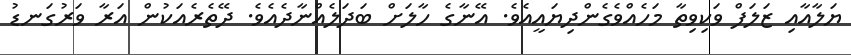
ޔަލާއާއި ޒަލަފް ވަކިވިތާ މަހެއްވެގެންދިޔައީއެވެ. އޭނާގެ ހާލަށް ބަދަލެއްނާދެއެވެ. ދޭތެރެއަކުން އަރާ ވަރުގަނޑު